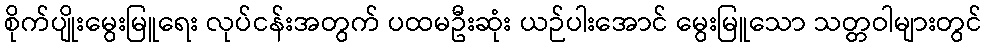
စိုက်ပျိုးမွေးမြူရေး လုပ်ငန်းအတွက် ပထမဦးဆုံး ယဉ်ပါးအောင် မွေးမြူသော သတ္တဝါများတွင်